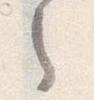
之